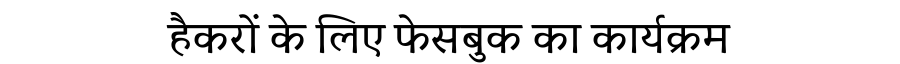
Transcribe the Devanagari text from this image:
हैकरों के लिए फेसबुक का कार्यक्रम